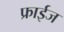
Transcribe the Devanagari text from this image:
फ्राईज